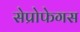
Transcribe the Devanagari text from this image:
सेप्रोफेगस